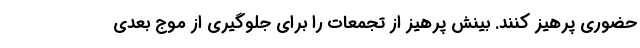
حضوری پرهیز کنند. بینش پرهیز از تجمعات را برای جلوگیری از موج بعدی